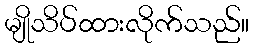
မျိုသိပ်ထားလိုက်သည်။